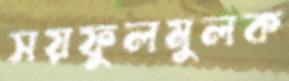
সয়ফুলমুলক